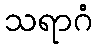
သရာဂံ